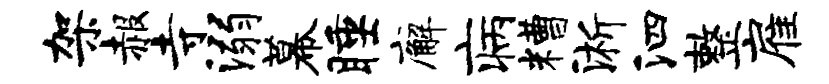
架赧寺溺幕睡廨病糟淅泗整雇